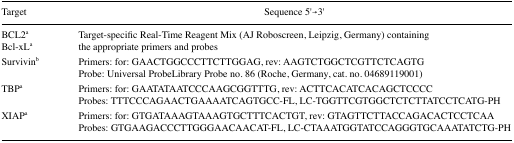
<table><thead><tr><td><b>Target</b></td><td><b>Sequence 5′→3′</b></td></tr></thead><tbody><tr><td>BCL2<sup>a</sup></td><td rowspan="2">Target-specific Real-Time Reagent Mix (AJ Roboscreen, Leipzig, Germany) containing the appropriate primers and probes</td></tr><tr><td>Bcl-xL<sup>a</sup></td></tr><tr><td rowspan="2">Survivin<sup>b</sup></td><td>Primers: for: GAACTGGCCCTTCTTGGAG, rev: AAGTCTGGCTCGTTCTCAGTG</td></tr><tr><td>Probe: Universal ProbeLibrary Probe no. 86 (Roche, Germany, cat. no. 04689119001)</td></tr><tr><td rowspan="2">TBP<sup>a</sup></td><td>Primers: for: GAATATAATCCCAAGCGGTTTG, rev: ACTTCACATCACAGCTCCCC</td></tr><tr><td>Probes: TTTCCCAGAACTGAAAATCAGTGCC-FL, LC-TGGTTCGTGGCTCTCTTATCCTCATG-PH</td></tr><tr><td rowspan="2">XIAP<sup>a</sup></td><td>Primers: for: GTGATAAAGTAAAGTGCTTTCACTGT, rev: GTAGTTCTTACCAGACACTCCTCAA</td></tr><tr><td>Probes: GTGAAGACCCTTGGGAACAACAT-FL, LC-CTAAATGGTATCCAGGGTGCAAATATCTG-PH</td></tr></tbody></table>